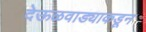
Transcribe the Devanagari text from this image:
देऊळवाड्याकडून